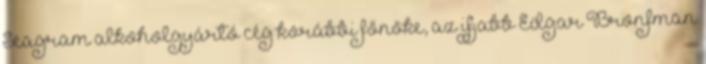
Seagram alkoholgyártó cég korábbi főnöke, az ifjabb Edgar Bronfman